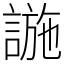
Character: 𧩹